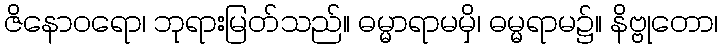
ဇိနောဝရော၊ ဘုရားမြတ်သည်။ ဓမ္မာရာမမှိ၊ ဓမ္မရာမ၌။ နိဗ္ဗုတော၊